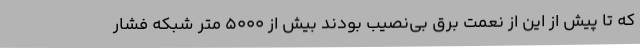
که تا پیش از این از نعمت برق بی‌نصیب بودند بیش از 5000 متر شبکه فشار